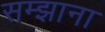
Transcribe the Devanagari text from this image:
सम्झाना